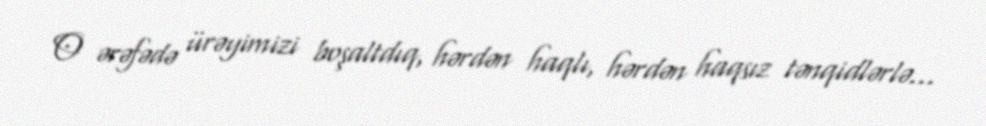
O ərəfədə ürəyimizi boşaltdıq, hərdən haqlı, hərdən haqsız tənqidlərlə...